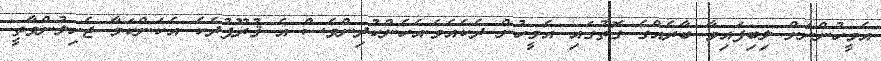
އެމީހުންނަށް ލިިބިފައިވާ ބާރެއްގެ ގޮތުގައި އެމީހުން ދެކެއެވެ.އެހެންކުދިންވެސް އެ ޤުރޫޕުދެކެ އެކަންކަމާ ޖެހިލުންވާތީ